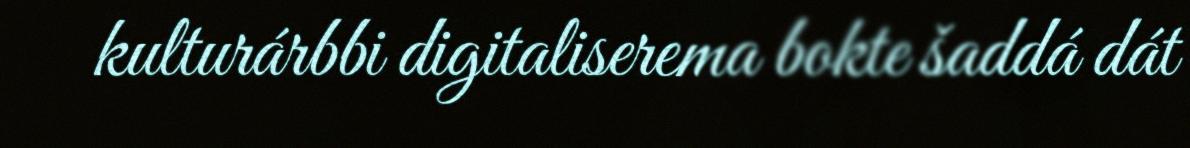
kulturárbbi digitaliserema bokte šaddá dát